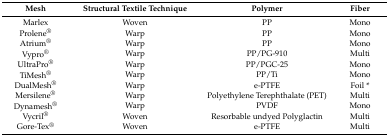
<table><thead><tr><td><b>Mesh</b></td><td><b>Structural Textile Technique</b></td><td><b>Polymer</b></td><td><b>Fiber</b></td></tr></thead><tbody><tr><td>Marlex</td><td>Woven</td><td>PP</td><td>Mono</td></tr><tr><td>Prolene<sup>®</sup></td><td>Warp</td><td>PP</td><td>Mono</td></tr><tr><td>Atrium<sup>®</sup></td><td>Warp</td><td>PP</td><td>Mono</td></tr><tr><td>Vypro<sup>®</sup></td><td>Warp</td><td>PP/PG-910</td><td>Multi</td></tr><tr><td>UltraPro<sup>®</sup></td><td>Warp</td><td>PP/PGC-25</td><td>Mono</td></tr><tr><td>TiMesh<sup>®</sup></td><td>Warp</td><td>PP/Ti</td><td>Mono</td></tr><tr><td>DualMesh<sup>®</sup></td><td>Warp</td><td>e-PTFE</td><td>Foil *</td></tr><tr><td>Mersilene<sup>®</sup></td><td>Warp</td><td>Polyethylene Terephthalate (PET)</td><td>Multi</td></tr><tr><td>Dynamesh<sup>®</sup></td><td>Warp</td><td>PVDF</td><td>Mono</td></tr><tr><td>Vycril<sup>®</sup></td><td>Woven</td><td>Resorbable undyed Polyglactin</td><td>Multi</td></tr><tr><td>Gore-Tex<sup>®</sup></td><td>Woven</td><td>e-PTFE</td><td>Multi</td></tr></tbody></table>